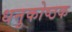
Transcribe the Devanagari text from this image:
धनुकोष्ठक